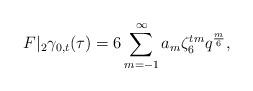
LaTeX: \begin{align*}F|_2\gamma_{0,t}(\tau)=6\sum\limits_{m=-1}^\infty a_m\zeta_6^{tm} q^\frac{m}{6},\end{align*}